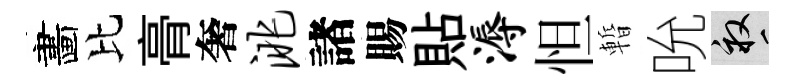
畵比𮌔奢洮諸賜貼溽怛暫吮畝